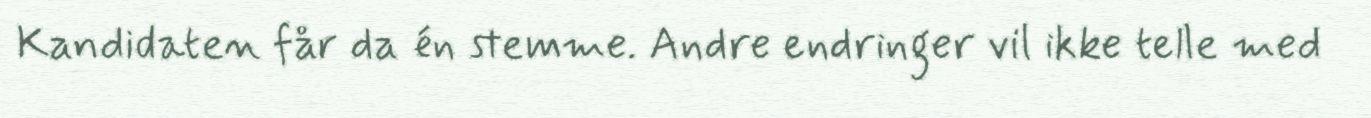
Kandidaten får da én stemme. Andre endringer vil ikke telle med